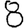
Digit: 8